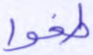
طغوا